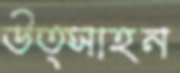
উত্সাহন